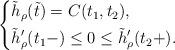
LaTeX: \begin{align*} \left\{ \begin{aligned} &\tilde h_{\rho} (\tilde t) = C (t_1, t_2), \\ &\tilde h_{\rho}' (t_1-) \leq 0 \leq \tilde h_{\rho}' (t_2+). \end{aligned} \right.\end{align*}